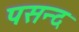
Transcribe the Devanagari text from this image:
पसन्‍द